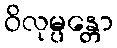
ဝိလုမ္ပန္တော